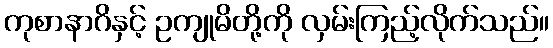
ကုစာနာဂိနှင့် ဥကျုမိတို့ကို လှမ်းကြည့်လိုက်သည်။